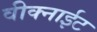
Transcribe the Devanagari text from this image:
वीक्नाईट